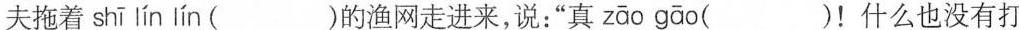
夫拖着 shī lín lín ( )的渔网走进来，说：”真 zāo gāo ( )！什么也没有打